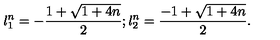
{ l _ { 1 } ^ { n } } = - \frac { 1 + \sqrt { 1 + 4 n } } { 2 } ; { l _ { 2 } ^ { n } } = \frac { - 1 + \sqrt { 1 + 4 n } } { 2 } .